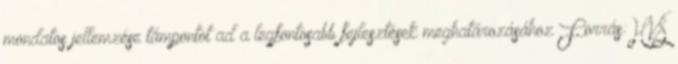
mondatos jellemzése támpontot ad a legfontosabb fejlesztések meghatározásához Forrás:HVS